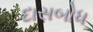
દાસબોધ